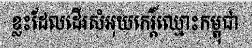
ខ្លះដែលដើរសំអុយកេរ្តិ៍ឈ្មោះកម្ពុជា